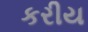
કરીય